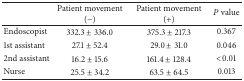
<table><thead><tr><td><b> </b></td><td><b>Patient movement (−)</b></td><td><b>Patient movement (+)</b></td><td><b><i>P</i> value</b></td></tr></thead><tbody><tr><td>Endoscopist </td><td>332.3 ± 336.0</td><td>375.3 ± 217.3</td><td>0.367</td></tr><tr><td>1st assistant </td><td>27.1 ± 52.4</td><td>29.0 ± 31.0</td><td>0.046</td></tr><tr><td>2nd assistant </td><td>16.2 ± 15.6</td><td>161.4 ± 128.4</td><td> &lt;0.01</td></tr><tr><td>Nurse </td><td>25.5 ± 34.2</td><td>63.5 ± 64.5</td><td>0.013</td></tr></tbody></table>